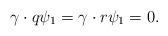
\begin{align*}\gamma \cdot q\psi _{1}=\gamma \cdot r\psi _{1}=0. \end{align*}